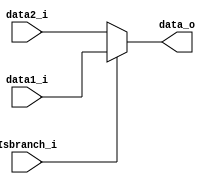
module mux1(
	data1_i,	//branch_addr
	data2_i,	//Add_pc + 4
	Isbranch_i,	//control && Eq
	data_o
);
input   [31:0]		data1_i;
input   [31:0]		data2_i;
input				Isbranch_i;
output reg [31:0]	data_o;

always@(*)begin
	if(Isbranch_i)
		data_o = data1_i;
	else
		data_o = data2_i;
end

endmodule